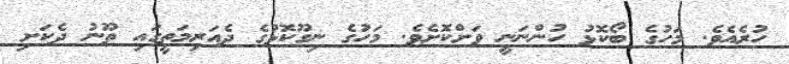
ހުރެއެވެ. މަހުގެ ބޯކޮޅު ހުންނަނީ ވަށްކޮށެވެ. މަހުގެ ނިގޫކޮޅުގެ ދެއަރިމަތީގައި ތޫނު ދެކަށި